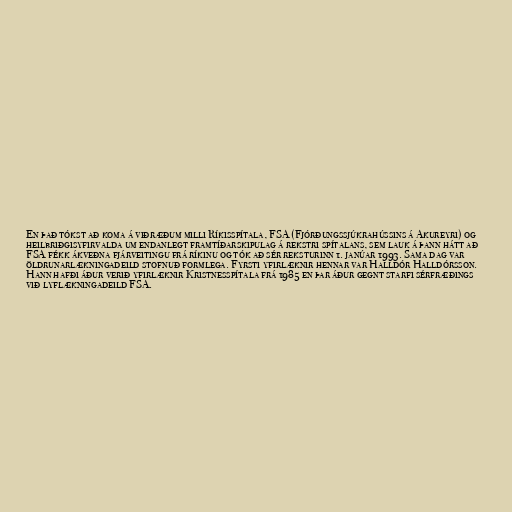
En það tókst að koma á viðræðum milli Ríkisspítala, FSA (Fjórðungssjúkrahússins á Akureyri) og
heilbriðgisyfirvalda um endanlegt framtíðarskipulag á rekstri spítalans, sem lauk á þann hátt að
FSA fékk ákveðna fjárveitingu frá ríkinu og tók að sér reksturinn 1. janúar 1993. Sama dag var
öldrunarlækningadeild stofnuð formlega. Fyrsti yfirlæknir hennar var Halldór Halldórsson.
Hann hafði áður verið yfirlæknir Kristnesspítala frá 1985 en þar áður gegnt starfi sérfræðings
við lyflækningadeild FSA.